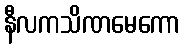
နီလကသိဏမေကော